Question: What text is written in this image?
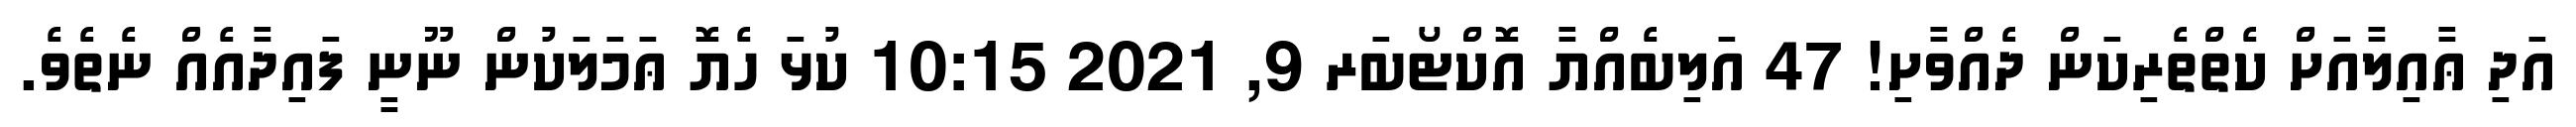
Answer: އަދި ޢާއިލާއަށް ކެތްތެރިކަން ދެއްވާށި! 47 އަލިބެއްޔާ އޮކްޓޯބަރ 9, 2021 10:15 ކުޅަ ހެޔޮ ޢަމަލަކުން ނޫނީ ފައިދާއެއް ނެތެވެ.